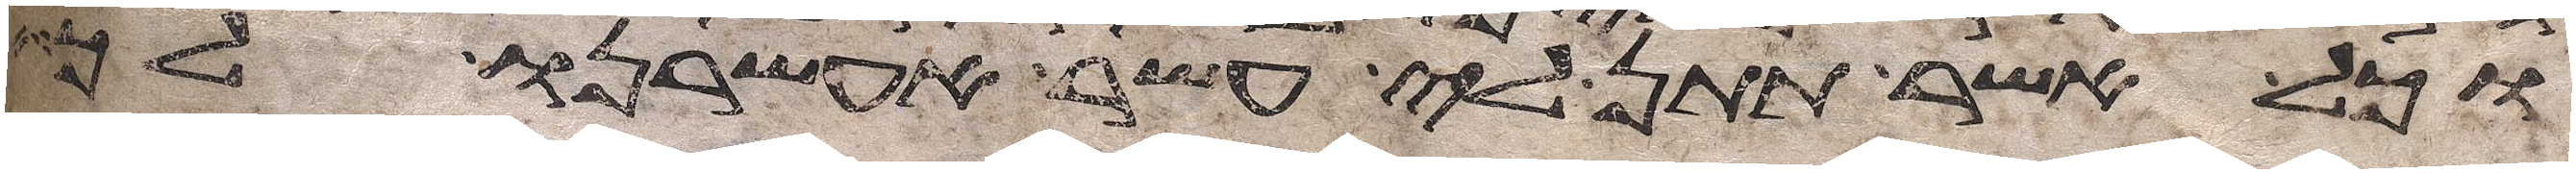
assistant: וכל אשר תתן לי אעשר אעשרנו לך